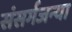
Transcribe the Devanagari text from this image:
संसर्गजन्या